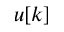
\displaystyle u [ k ]